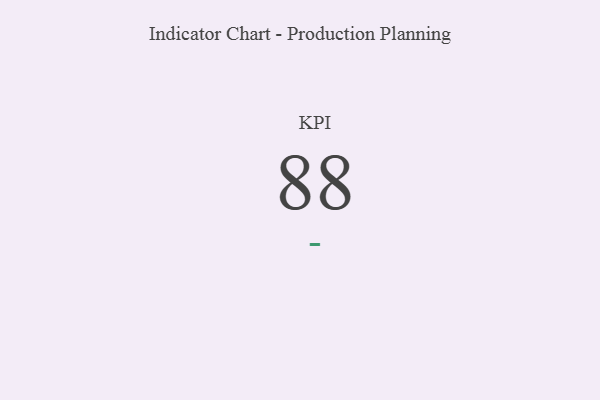
{"axis": {"x": "KPI", "y": "Value"}, "legend": [""], "data": [{"x": "KPI", "y": 88, "type": ""}]}